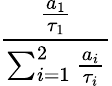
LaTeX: \frac{\frac{a_{1}}{\tau_{1}}}{\sum_{i=1}^{2}\frac{a_{i}}{\tau_{i}}}